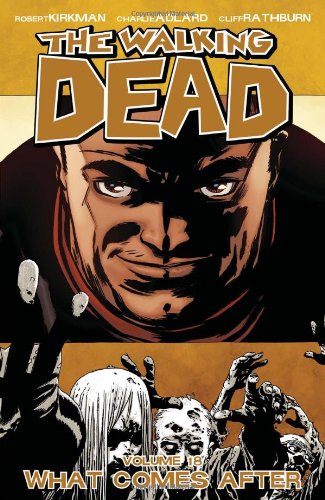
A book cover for The Walking Dead, Vol. 18; Robert Kirkman; Comics & Graphic Novels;